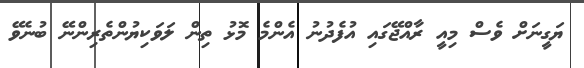
ޔަގީނަށް ވެސް މިއީ ރާއްޖޭގައި އުފެދުނު އެންމެ މޮޅު ތިން ލަވަކިޔުންތެރިންނޭ ބުނެވޭ